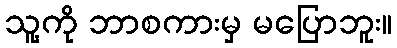
သူ့ကို ဘာစကားမှ မပြောဘူး။